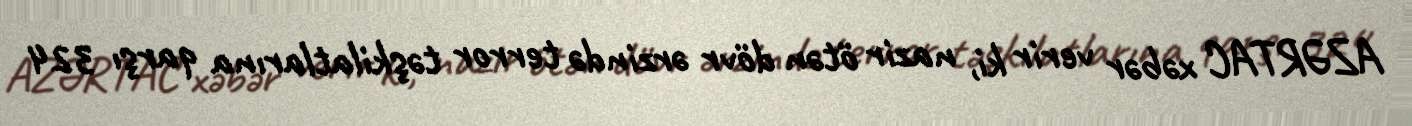
AZƏRTAC xəbər verir ki, nazir ötən dövr ərzində terror təşkilatlarına qarşı 324